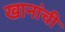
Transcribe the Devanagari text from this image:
खानांची